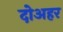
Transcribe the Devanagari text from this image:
दोअहर